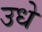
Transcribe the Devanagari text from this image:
उधे